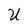
Character: U